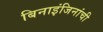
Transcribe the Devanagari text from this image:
बिनाइंजिनांची